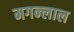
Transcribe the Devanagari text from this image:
मगन्लाल